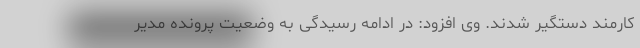
کارمند دستگیر شدند. وی افزود: در ادامه رسیدگی به وضعیت پرونده مدیر